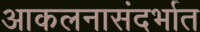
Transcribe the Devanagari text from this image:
आकलनासंदर्भात